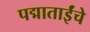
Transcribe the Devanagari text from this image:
पद्माताईंचे